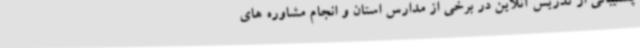
پشتیبانی از تدریس آنلاین در برخی از مدارس استان و انجام مشاوره های